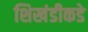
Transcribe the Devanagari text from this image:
शिखंडीकडे